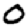
Digit: 0